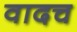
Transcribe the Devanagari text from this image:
वादच